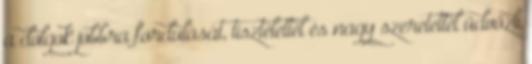
a dolgok jobbra fordulását, tisztelettel és nagy szeretettel üdvözli